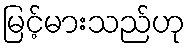
မြင့်မားသည်ဟု